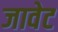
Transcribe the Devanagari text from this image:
जावेट